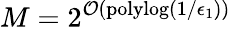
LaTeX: M=2^{\mathcal{O}(\mathrm{polylog}(1/\epsilon_{1}))}